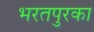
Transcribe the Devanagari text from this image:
भरतपुरका